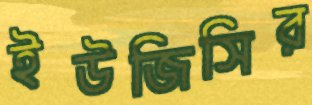
ইউজিসির